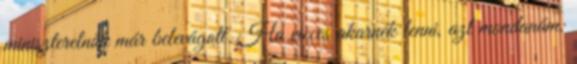
miniszterelnök már belevágott. Ha vicces akarnék lenni, azt mondanám: